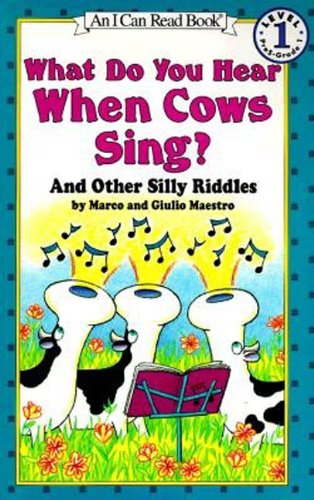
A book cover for What Do You Hear When Cows Sing?: And Other Silly Riddles (I Can Read Level 1); Marco Maestro; Children's Books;